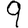
Digit: 9